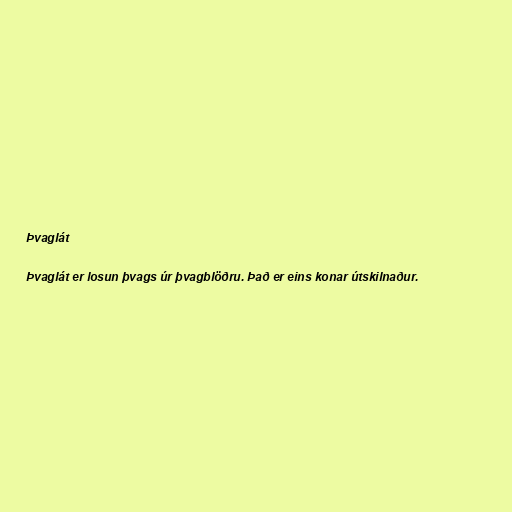
Þvaglát

Þvaglát er losun þvags úr þvagblöðru. Það er eins konar útskilnaður.